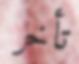
تأخر